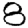
Digit: 8